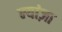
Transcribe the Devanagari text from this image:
न्यांज़ा